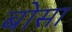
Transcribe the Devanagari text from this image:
बोसा